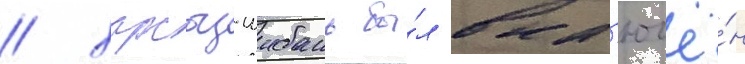
/ харсыз-шибань бы́л вкл'ючё́н